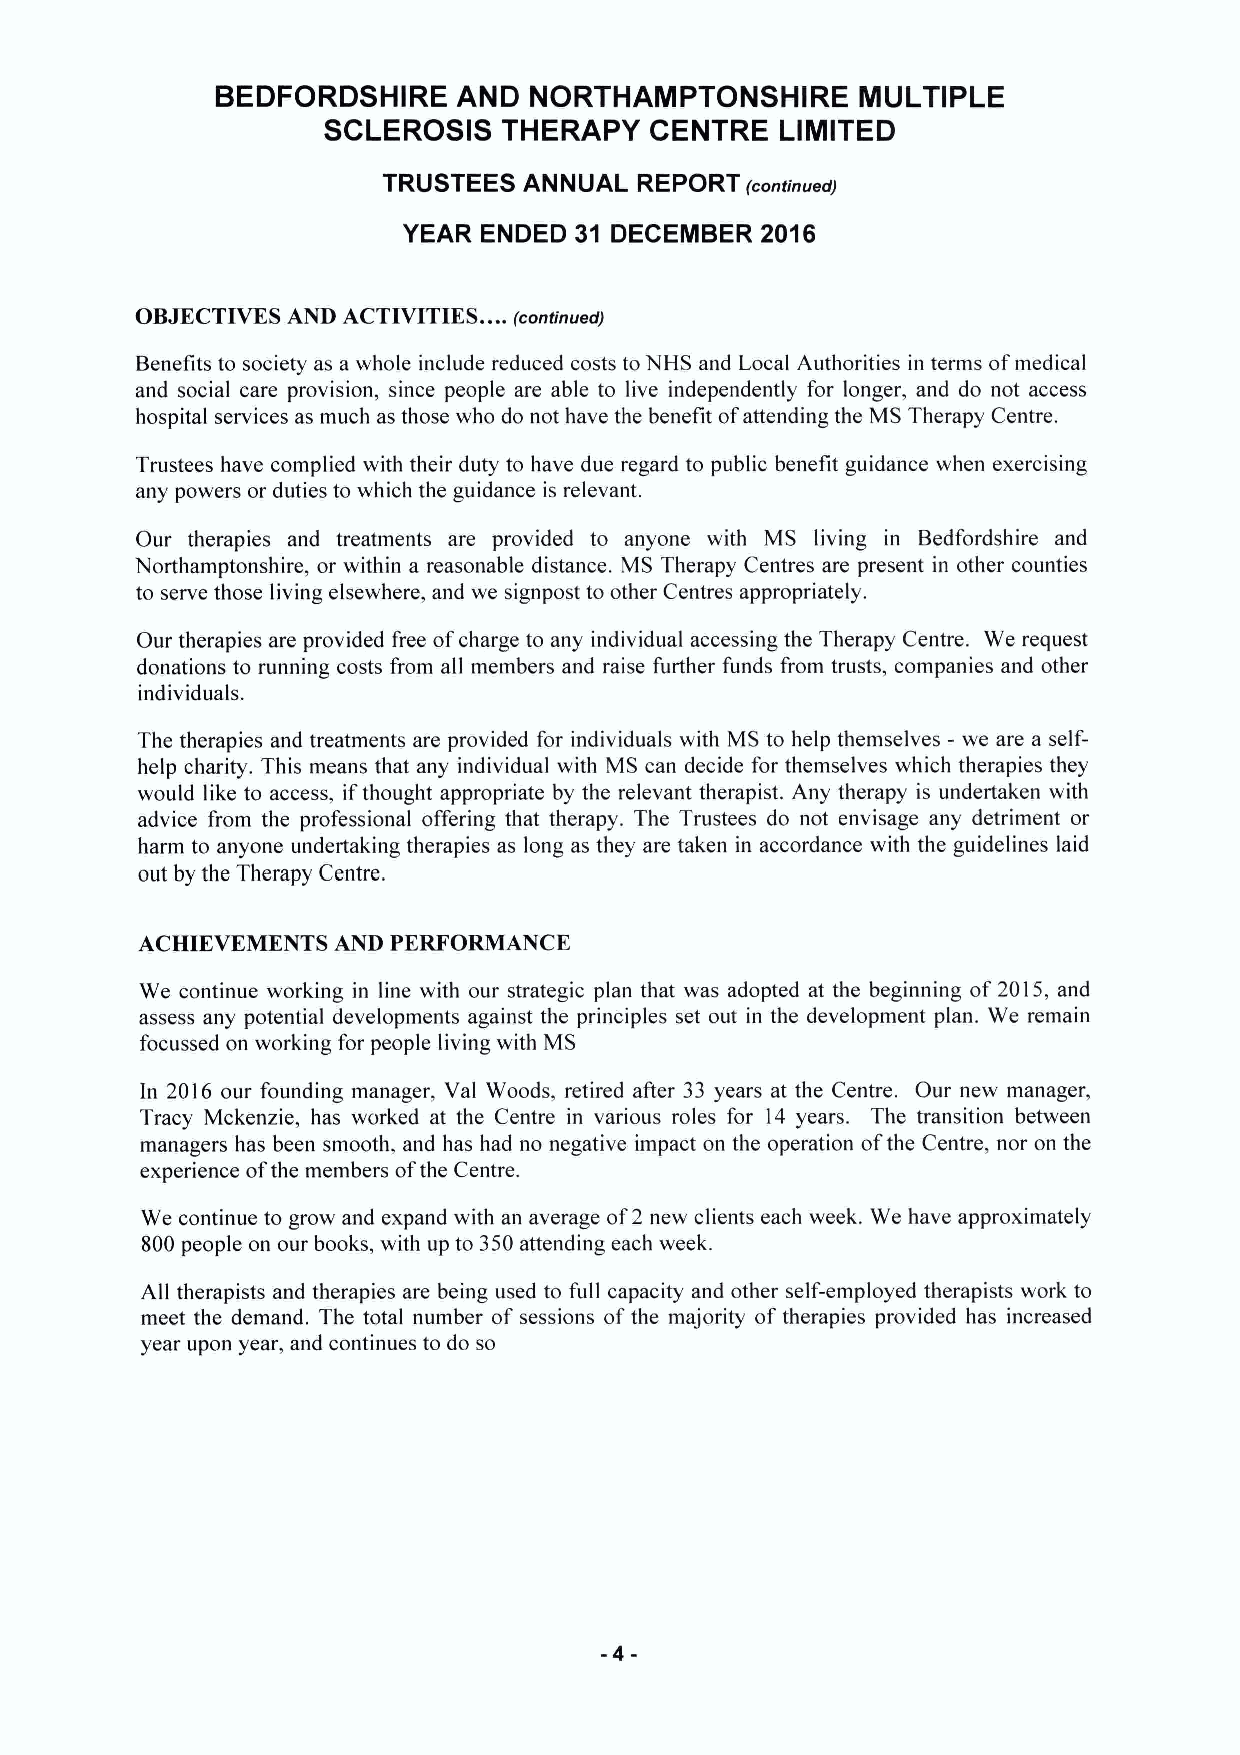
BEDFORDSHIRE    AND  NORTHAMPTONSHIRE      MULTIPLE
 SCLEROSIS   THERAPY   CENTRE   LIMITED
 TRUSTEES  ANNUAL REPORT (continued)
 YEAR ENDED 31 DECEMBER 2016
 ...
 OBJECTIVES AND ACTIVITIES. (continued)
 Benefits to society as a whole include reduced costs to NHS and Local Authorities in terms ofmedical
 and social care provision, since people are able to live independently for longer, and do not access
 hospital services as much as those who do not have the benefit ofattending the MS Therapy Centre.
 Trustees have complied with their duty to have due regard to public benefit guidance when exercising
 any powers or duties to which the guidance is relevant.
 Our therapies and treatments are provided to anyone with MS living in Bedfordshire and
 Northamptonshire, or within a reasonable distance. MS Therapy Centres are present in other counties
 to serve those living elsewhere, and we signpost to other Centres appropriately.
 Our therapies are provided free ofcharge to any individual accessing the Therapy Centre. We request
 donations to running costs from all members and raise further funds from trusts, companies and other
 individuals.
 The therapies and treatments are provided for individuals with MS to help themselves - we are a self-
 help charity. This means that any individual with MS can decide for themselves which therapies they
 would like to access, ifthought appropriate by the relevant therapist. Any therapy is undertaken with
 advice from the professional offering that therapy. The Trustees do not envisage any detriment or
 harm to anyone undertaking therapies as long as they are taken in accordance with the guidelines laid
 out by the Therapy Centre.
 ACHIEVEMENTS AND PERFORMANCE
 We continue working in line with our strategic plan that was adopted at the beginning of 2015, and
 assess any potential developments against the principles set out in the development plan. We remain
 focussed on working for people living with MS
 In 2016 our founding manager, Val Woods, retired after 33 years at the Centre. Our new manager,
 Tracy Mckenzie, has worked at the Centre in various roles for 14 years. The transition between
 managers has been smooth, and has had no negative impact on the operation ofthe Centre, nor on the
 experience ofthe members ofthe Centre.
 We continue to grow and expand with an average of2 new clients each week. We have approximately
 800people on our books, with up to 350attending each week.
 All therapists and therapies are being used to full capacity and other self-employed therapists work to
 meet the demand. The total number of sessions of the majority of therapies provided has increased
 year upon year, and continues to do so
 -4-